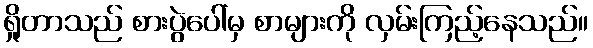
ရှိုတာသည် စားပွဲပေါ်မှ စာများကို လှမ်းကြည့်နေသည်။